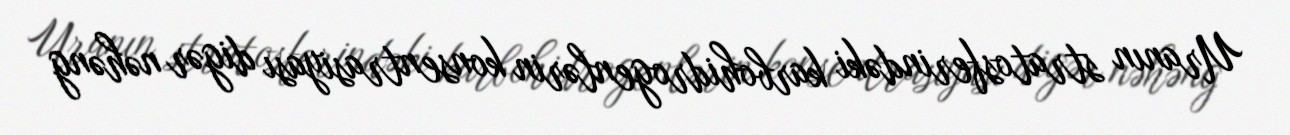
Uranın stratosferindəki karbohidrogenlərin konsentrasiyası digər nəhəng